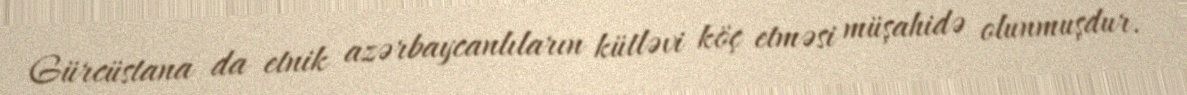
Gürcüstana da etnik azərbaycanlıların kütləvi köç etməsi müşahidə olunmuşdur.